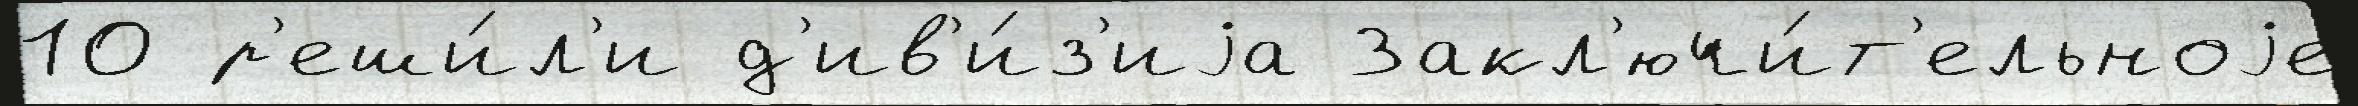
10 р'еши́л'и д'ив'и́з'иjа Закл'ючи́т'ельноjе